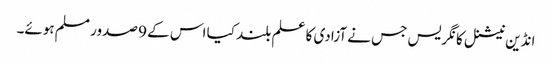
انڈین نیشنل کانگریس جس نے آزادی کا علم بلند کیا اس کے 9 صدور مسلم ہوئے۔